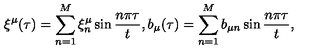
\xi ^ { \mu } ( \tau ) = \sum _ { n = 1 } ^ { M } \xi _ { n } ^ { \mu } \sin \frac { n \pi \tau } { t } , b _ { \mu } ( \tau ) = \sum _ { n = 1 } ^ { M } b _ { \mu n } \sin \frac { n \pi \tau } { t } ,